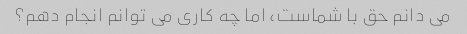
می دانم حق با شماست، اما چه کاری می توانم انجام دهم؟